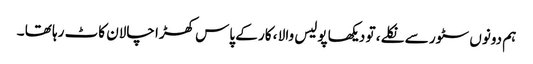
ہم دونوں سٹور سے نکلے ، تو دیکھا پولیس والا ، کار کے پاس کھڑا چالان کاٹ رہا تھا ۔